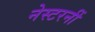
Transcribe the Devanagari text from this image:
नेस्टरनीं